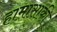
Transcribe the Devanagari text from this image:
हामासाकी